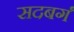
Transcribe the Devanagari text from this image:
सदबर्ग